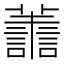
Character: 𮒹